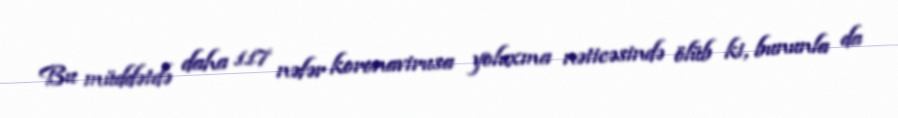
Bu müddətdə daha 117 nəfər koronavirusa yoluxma nəticəsində ölüb ki, bununla da